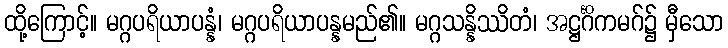
ထို့ကြောင့်။ မဂ္ဂပရိယာပန္နံ၊ မဂ္ဂပရိယာပန္နမည်၏။ မဂ္ဂသန္နိဿိတံ၊ အဋ္ဌင်္ဂိကမဂ်၌ မှီသော